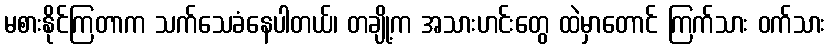
မစားနိုင်ကြတာက သက်သေခံနေပါတယ်၊ တချို့က အသားဟင်းတွေ ထဲမှာတောင် ကြက်သား ဝက်သား